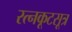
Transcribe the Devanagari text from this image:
रत्नकूटसूत्र